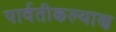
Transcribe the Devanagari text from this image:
पार्वतीकल्याण